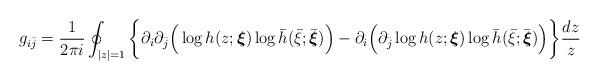
LaTeX: \begin{align*}g_{i\bar{j}}=\frac{1}{2\pi i}\oint_{|z|=1}\bigg\{\partial_i\partial_{\bar{j}}\Big( \log{h(z;\boldsymbol{\xi})} \log{\bar{h}(\bar{\xi};\bar{\boldsymbol{\xi}})}\Big)-\partial_i\Big( \partial_{\bar{j}}\log{h(z;\boldsymbol{\xi})}\log{\bar{h}(\bar{\xi};\bar{\boldsymbol{\xi}})}\Big)\bigg\}\frac{dz}{z}\end{align*}